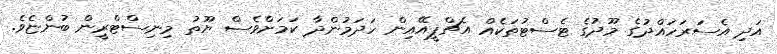
އަދި އެސަރަހައްދުގެ މޫދުގެ ޓެސްޓުތަކެއް އެޗްޕީއޭއިން ހަދަމުންދާ ކަމަށްވެސް ޔޫތު މިނިސްޓްރީން ބުންޏެވެ.